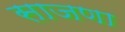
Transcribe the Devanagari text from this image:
साजणा